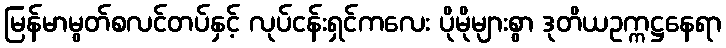
မြန်မာမွတ်စလင်တပ်နှင့် လုပ်ငန်းရှင်ကလေး ပိုမိုများစွာ ဒုတိယဥက္ကဋ္ဌနေရာ